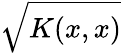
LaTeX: \sqrt{K(x,x)}